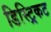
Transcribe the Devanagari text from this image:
डिस्ट्रिकट